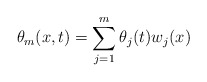
\begin{align*}\theta_m (x,t) = \sum_{j=1}^m \theta_j(t)w_j(x)\end{align*}